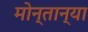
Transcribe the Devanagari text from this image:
मोन्तान्या